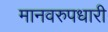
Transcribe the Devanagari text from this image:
मानवरुपधारी